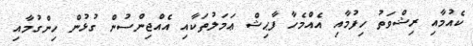
ކެއުމާއި ރިޝްވަތު ހިފުމާއި އެއްމެހާ ފާޙިޝް ޢަމަލުތަކާއި އެއްޖިންސުން ގުޅުން ހިންގުމާއި